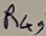
Text: R4